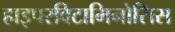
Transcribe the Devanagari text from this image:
हाइपरविटामिनोसिस